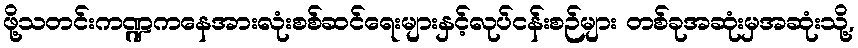
ဖို့သတင်းကဏ္ဍကနေအားလုံးစစ်ဆင်ရေးများနှင့်လုပ်ငန်းစဉ်များ တစ်ခုအဆုံးမှအဆုံးသို့,